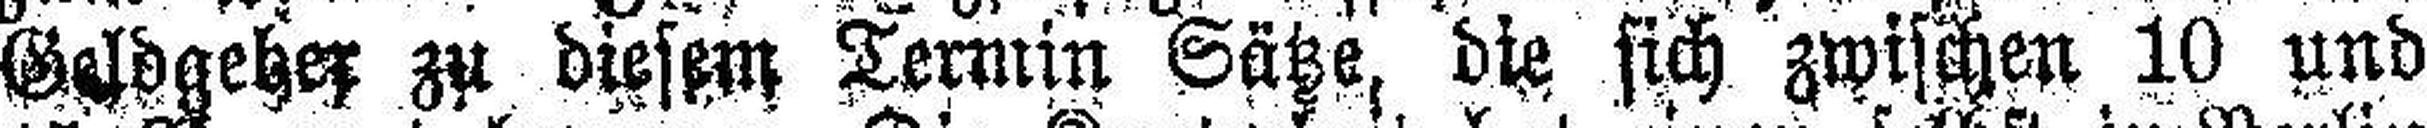
Geldgeber zu diesem Termin Sätze, die sich zwischen 10 und